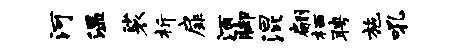
河温裟析扉酒脚混翩栖聘施吼